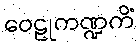
ဝေဠုကဏ္ဍကိံ